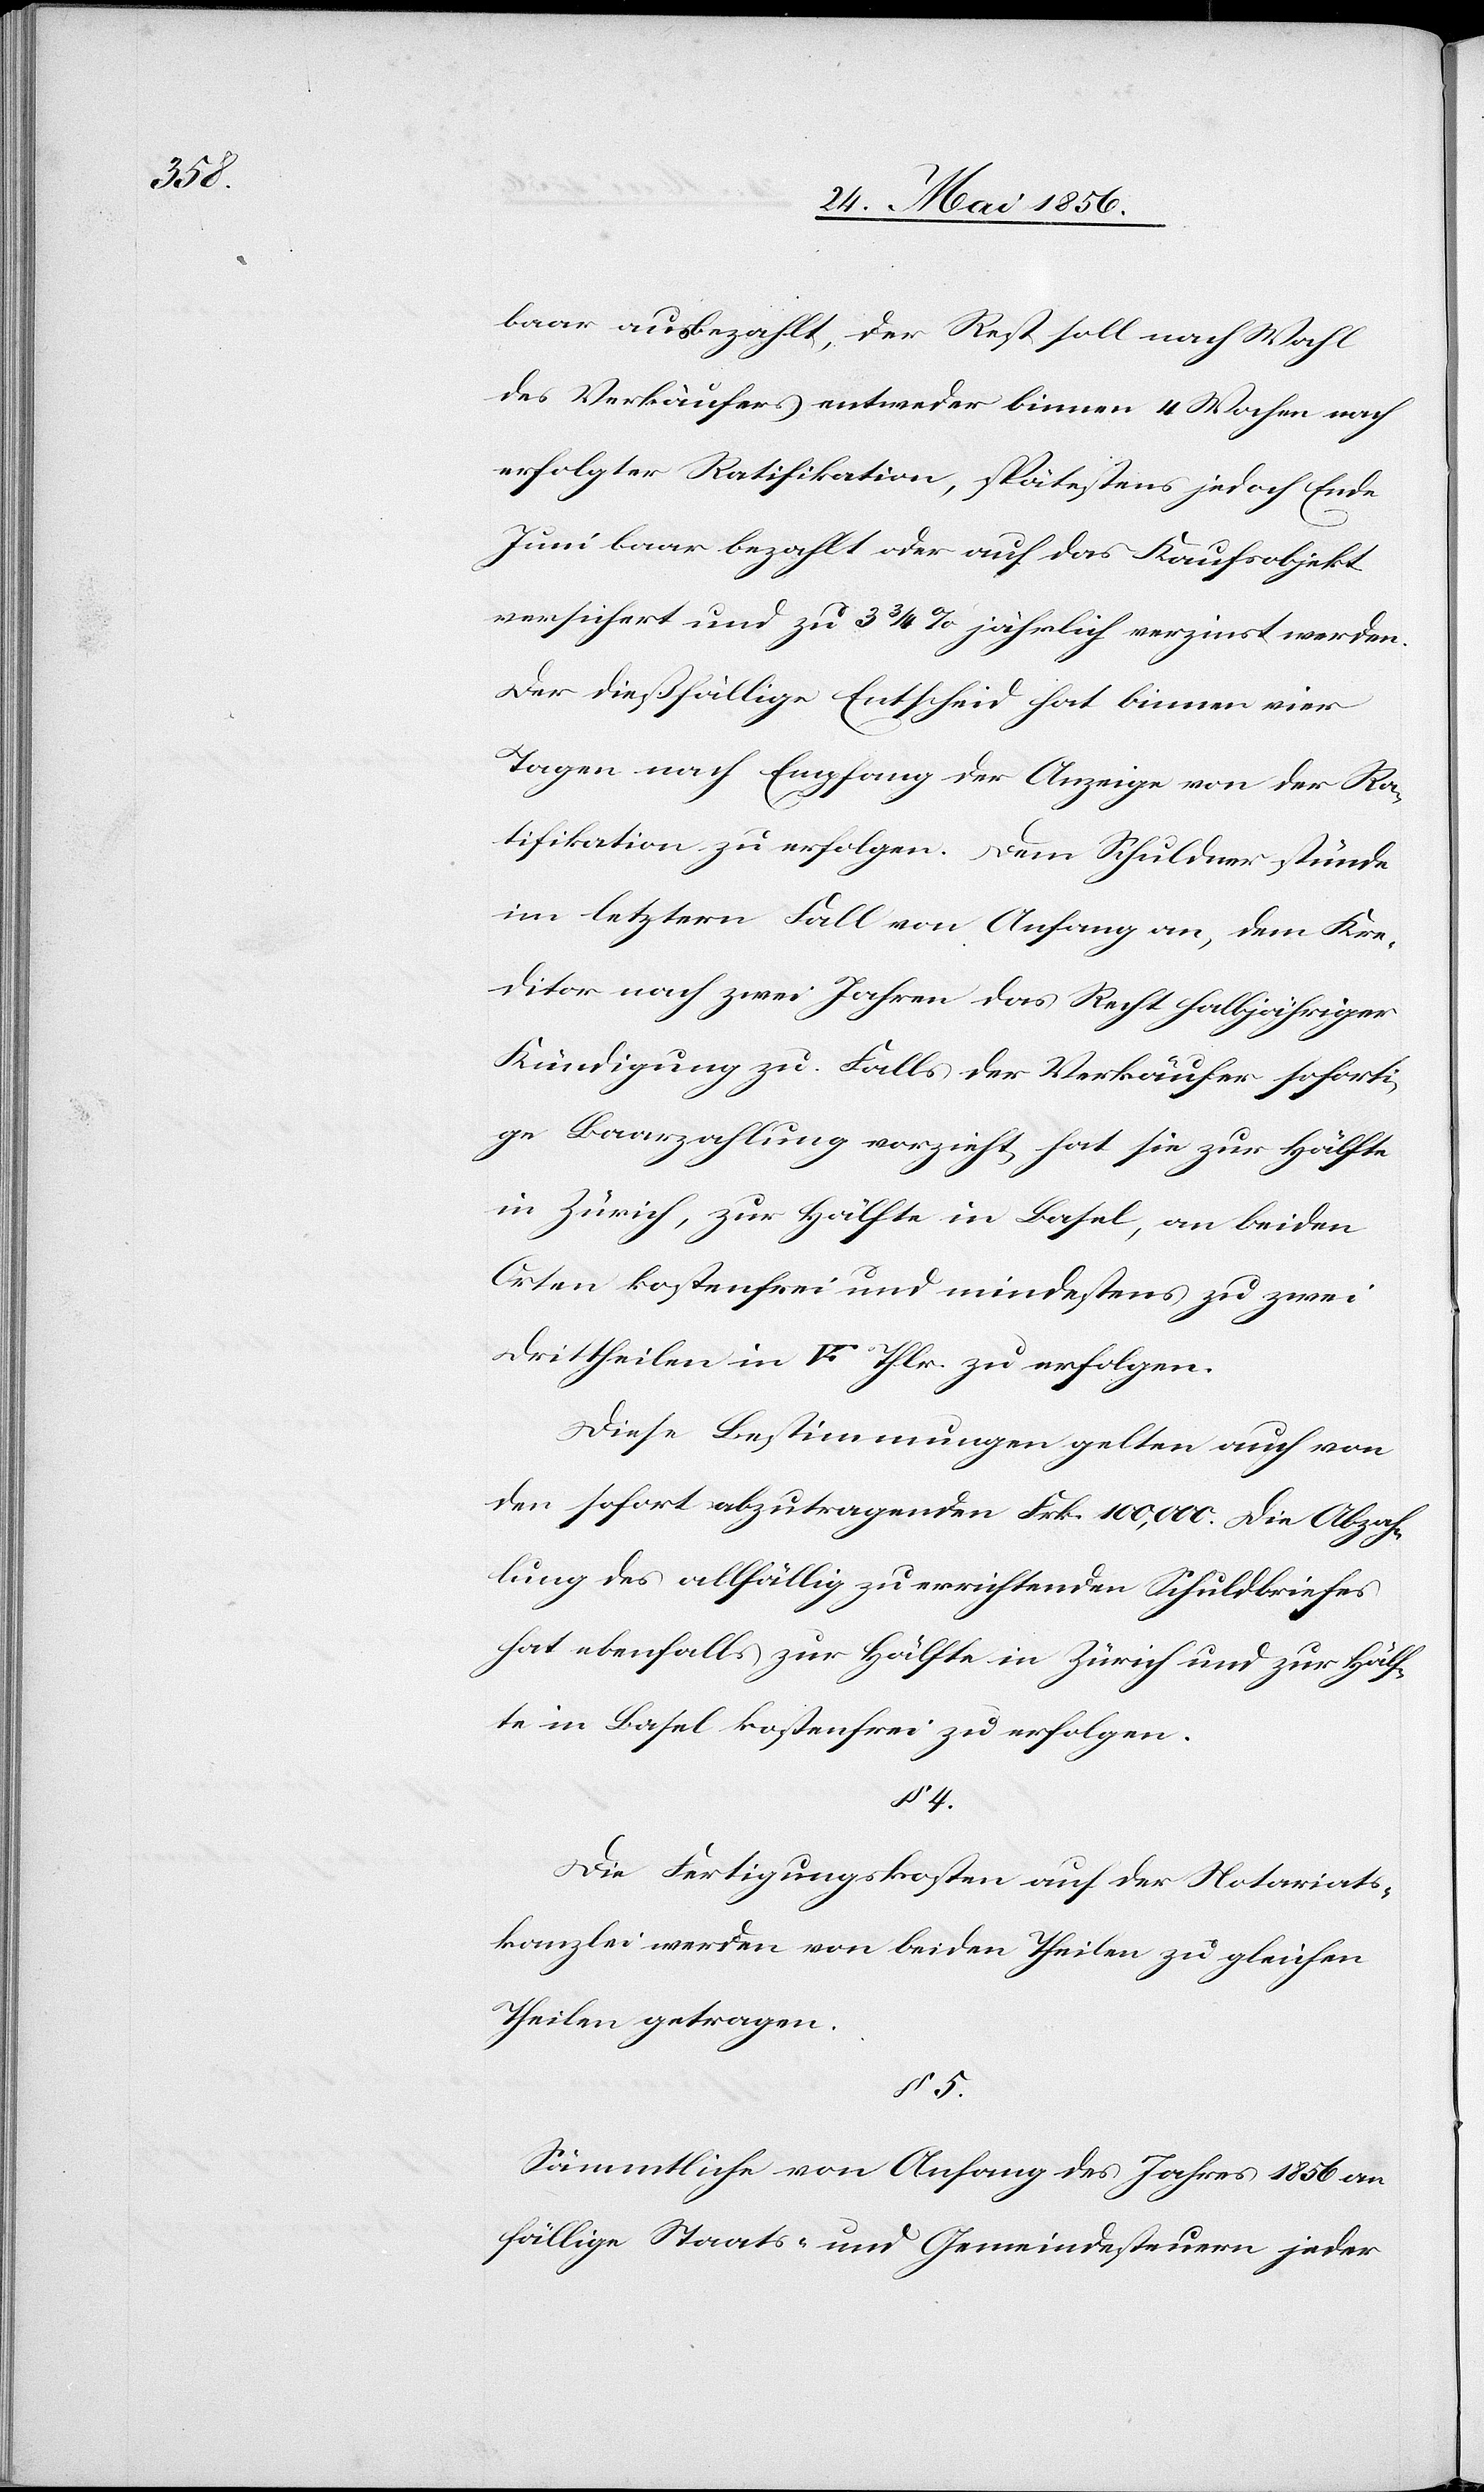
§ 5.

baar ausbezahlt, der Rest soll nach Wahl
des Verkäufers entweder binnen 4 Wochen nach
erfolgter Ratifikation, spätestens jedoch Ende
Juni baar bezahlt oder auf das Kaufsobjekt
versichert und zu 3 ¾ % jährlich verzinst werden.
Der dießfällige Entscheid hat binnen vier
Tagen nach Empfang der Anzeige von der Ra¬
tifikation zu erfolgen. Dem Schuldner stünde
im letztern Fall von Anfang an, dem Kre¬
ditor nach zwei Jahren das Recht halbjähriger
Kündigung zu. Falls der Verkäufer soforti¬
ge Baarzahlung vorzieht, hat sie zur Hälfte
in Zürich, zur Hälfte in Basel, an beiden
Orten kostenfrei und mindestens zu zwei
Diese Bestimmungen gelten auch von
den sofort abzutragenden Frk. 100,000. Die Abzah¬
lung des allfällig zu errichtenden Schuldbriefes
hat ebenfalls zur Hälfte in Zürich und zur Hälf¬
te in Basel kostenfrei zu erfolgen.
§ 4.
Die Fertigungskosten auf der Notariats¬
kanzlei werden von beiden Theilen zu gleichen
Theilen getragen.
Sämmtliche von Anfang des Jahres 1856 an
fällige Staats- und Gemeindesteuern jeder